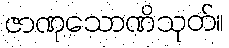
ဇာဏုသောဏိသုတ်။